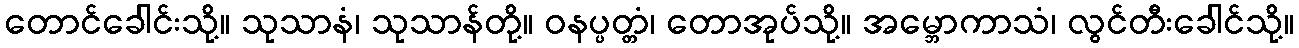
တောင်ခေါင်းသို့။ သုသာနံ၊ သုသာန်တို့။ ဝနပ္ပတ္တံ၊ တောအုပ်သို့။ အမ္ဘောကာသံ၊ လွင်တီးခေါင်သို့။